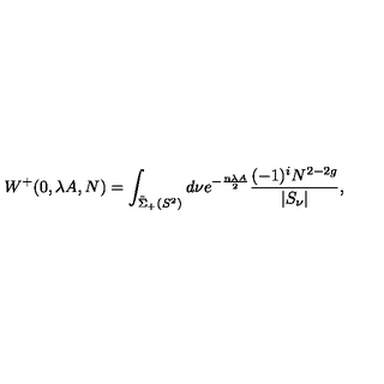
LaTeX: W ^ { + } ( 0 , \lambda A , N ) = \int _ { \tilde { \Sigma } _ { + } ( S ^ { 2 } ) } d \nu e ^ { - \frac { n \lambda A } { 2 } } \frac { ( - 1 ) ^ { i } N ^ { 2 - 2 g } } { | S _ { \nu } | } ,